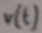
Text: V(t)